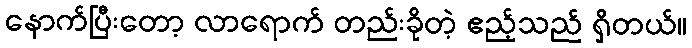
နောက်ပြီးတော့ လာရောက် တည်းခိုတဲ့ ဧည့်သည် ရှိတယ်။